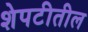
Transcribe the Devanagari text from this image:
शेपटीतील